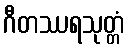
ဂီတဿရသုတ္တံ